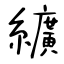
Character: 纊